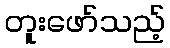
တူးဖော်သည့်